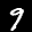
Label: 9